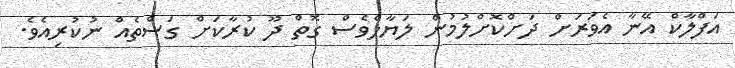
އަފްލާކް އޭނާ އެވަރަށް ދަށްކޮށްލުމުން ލަޔާލްވެސް ގޮތް ދޫ ކުރާކަށް ގަސްތެއް ނުކުރިއެވެ.